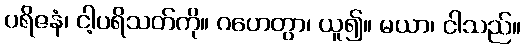
ပရိဇနံ၊ ငါ့ပရိသတ်ကို။ ဂဟေတွာ၊ ယူ၍။ မယာ၊ ငါသည်။